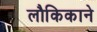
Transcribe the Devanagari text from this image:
लौकिकाने